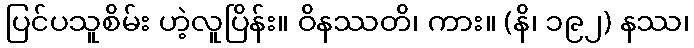
ပြင်ပသူစိမ်း ဟဲ့လူပြိန်း။ ဝိနဿတိ၊ ကား။ (နိ၊ ၁၉၂) နဿ၊